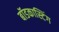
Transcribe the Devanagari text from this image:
बॉडकास्टिंग